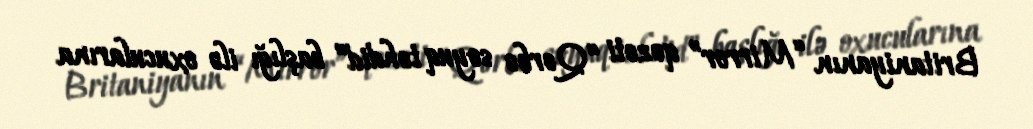
Britaniyanın “Mirror” qəzeti “Qərbə soyuq təhdid” başlığı ilə oxucularına